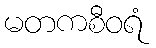
မတကစီဝရံ